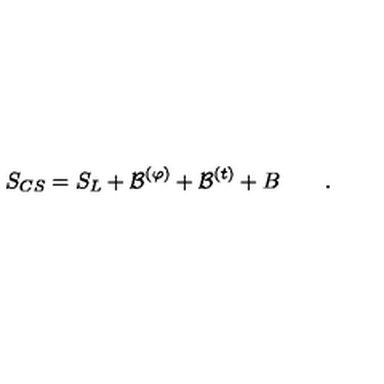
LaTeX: S _ { C S } = S _ { L } + { \cal B } ^ { ( \varphi ) } + { \cal B } ^ { ( t ) } + B \qquad .